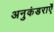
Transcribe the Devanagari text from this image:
अनुकंडराएँ